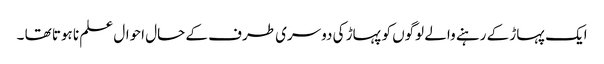
ایک پہاڑ کے رہنے والے لوگوں کو پہاڑ کی دوسری طرف کے حال احوال علم نا ہوتا تھا ۔